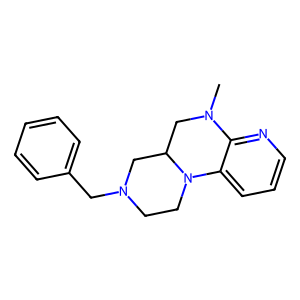
SMILES: CN1CC2CN(Cc3ccccc3)CCN2c2cccnc21
Inhibits HIV replication: No